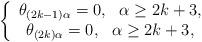
LaTeX: \begin{align*}\left\{\begin{array}{cc}\theta_{(2k-1)\alpha}=0,~~\alpha\geq 2k+3,\\\theta_{(2k)\alpha}=0,~~\alpha\geq 2k+3,\\\end{array}\right.\end{align*}